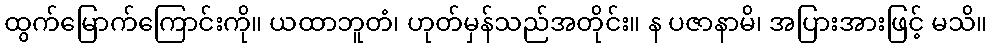
ထွက်မြောက်ကြောင်းကို။ ယထာဘူတံ၊ ဟုတ်မှန်သည်အတိုင်း။ န ပဇာနာမိ၊ အပြားအားဖြင့် မသိ။